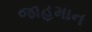
જાહમાન